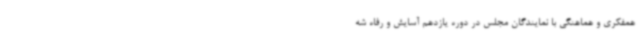
همفکری و هماهنگی با نمایندگان مجلس در دوره یازدهم آسایش و رفاه شه